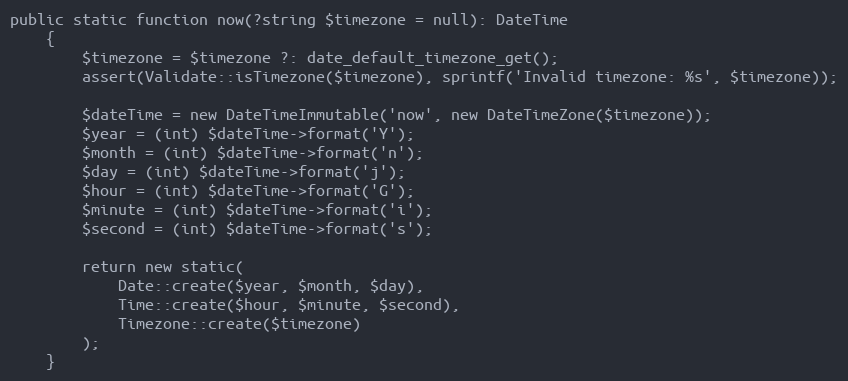
Language: PHP
public static function now(?string $timezone = null): DateTime
    {
        $timezone = $timezone ?: date_default_timezone_get();
        assert(Validate::isTimezone($timezone), sprintf('Invalid timezone: %s', $timezone));

        $dateTime = new DateTimeImmutable('now', new DateTimeZone($timezone));
        $year = (int) $dateTime->format('Y');
        $month = (int) $dateTime->format('n');
        $day = (int) $dateTime->format('j');
        $hour = (int) $dateTime->format('G');
        $minute = (int) $dateTime->format('i');
        $second = (int) $dateTime->format('s');

        return new static(
            Date::create($year, $month, $day),
            Time::create($hour, $minute, $second),
            Timezone::create($timezone)
        );
    }